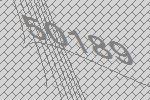
50189